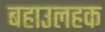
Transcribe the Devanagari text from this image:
बहाउलहक